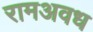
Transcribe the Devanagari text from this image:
रामअवध